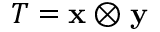
T = \mathbf { x } \otimes \mathbf { y }